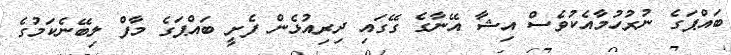
ބައްޕަގެ ނުރުހުމާއެކުވެސް އިޝާ އޭނާގެ ގޭގައި ދިރިއުޅެން ފެށީ ބައްޕަގެ މާފް ލިބޭނެކަމުގެ